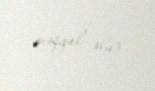
məşğul olur.